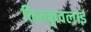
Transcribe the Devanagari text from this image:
तिरुकुवलाई